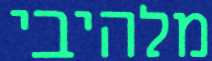
מלהיבי